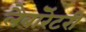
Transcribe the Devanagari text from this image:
लैबॉरेटरी